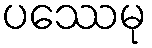
ပဿေမု